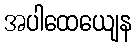
အပါထေယျေန